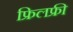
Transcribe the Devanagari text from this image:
फ्रिलफ्री